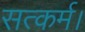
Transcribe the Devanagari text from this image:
सत्कर्म।